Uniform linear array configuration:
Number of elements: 64
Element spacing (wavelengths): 1
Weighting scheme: hann
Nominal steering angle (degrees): -45
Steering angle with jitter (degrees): -44.534
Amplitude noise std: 0.05
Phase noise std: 0.05

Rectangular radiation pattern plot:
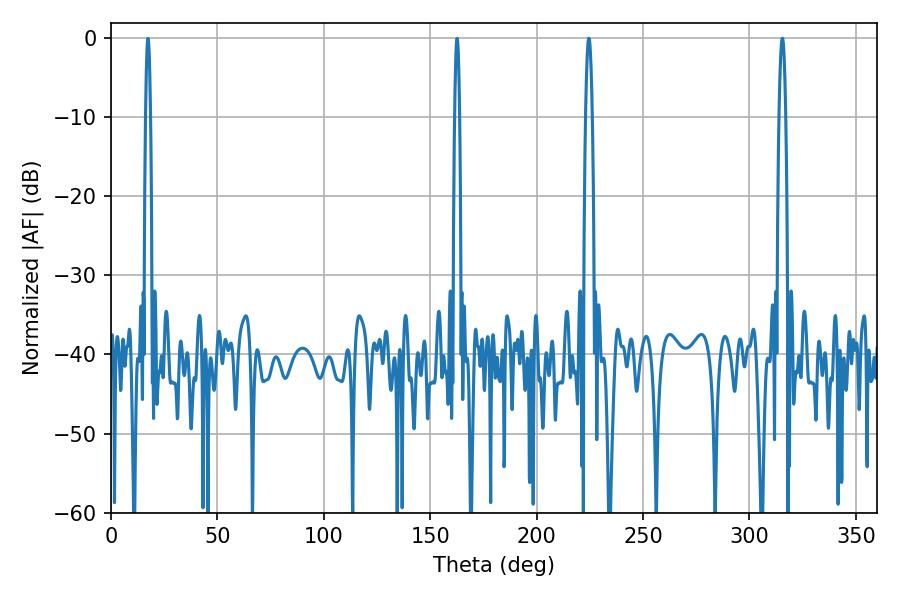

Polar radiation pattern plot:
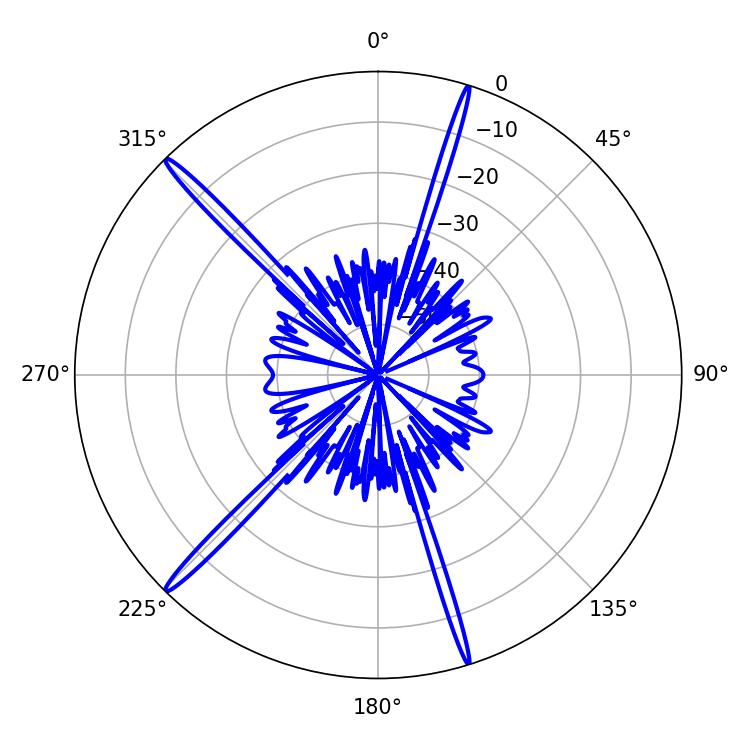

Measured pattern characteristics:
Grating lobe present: TRUE
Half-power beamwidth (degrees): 1.62
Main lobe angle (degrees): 224.46